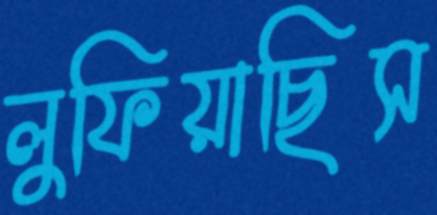
লুফিয়াছিস